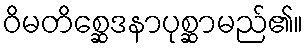
ဝိမတိစ္ဆေဒနာပုစ္ဆာမည်၏။